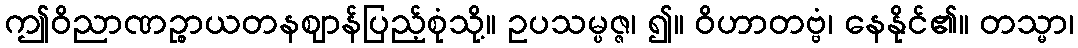
ဤဝိညာဏဉ္စာယတနဈာန်ပြည့်စုံသို့။ ဥပသမ္ပဇ္ဇ၊ ၍။ ဝိဟာတဗ္ဗံ၊ နေနိုင်၏။ တသ္မာ၊